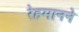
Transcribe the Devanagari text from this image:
रेहमानने